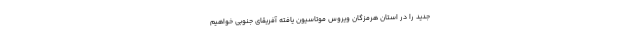
جدید را در استان هرمزگان ویروس موتاسیون یافته آفریقای جنوبی خواهیم